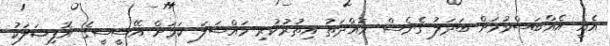
އެއީ އެއްބަސްވުމަށް ބަދަލު ގެނެސް މުއްދަތު އިތުރުކުރި މައްސަލަ ކަމަށް އޭސީސީގެ އޮފިޝަލަކު